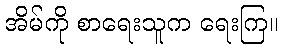
အိမ်ကို စာရေးသူက ရေးကြ။